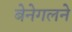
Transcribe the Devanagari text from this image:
बेनेगलने